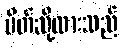
ပိတ်ဆို့ထားသည်